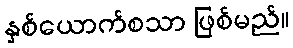
နှစ်ယောက်စသာ ဖြစ်မည်။